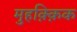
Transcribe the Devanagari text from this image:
मुहक़्क़िक